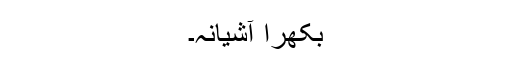
بکھرا آشیانہ۔